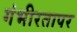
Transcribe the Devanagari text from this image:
गंभीरतापर